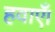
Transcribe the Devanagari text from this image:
हवाएँ।